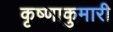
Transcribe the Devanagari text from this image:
कृष्णाकुमारी